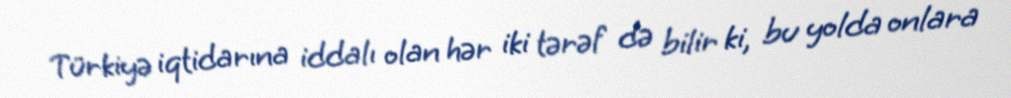
Türkiyə iqtidarına iddalı olan hər iki tərəf də bilir ki, bu yolda onlara